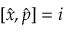
[ \hat { x } , \hat { p } ] = i